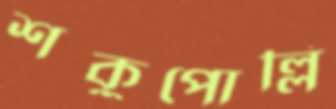
শকুপোল্লি